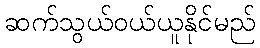
ဆက်သွယ်ဝယ်ယူနိုင်မည်